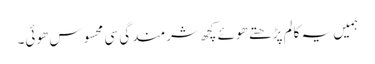
ہمیں یہ کالم پڑھتے ھوئے کچھ شرمندگی سی محسوس ھوئی۔